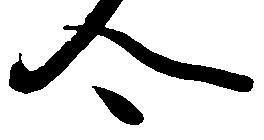
合